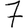
Digit: 7